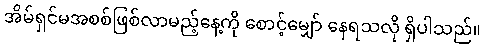
အိမ်ရှင်မအစစ်ဖြစ်လာမည့်နေ့ကို စောင့်မျှော် နေရသလို ရှိပါသည်။